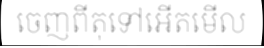
ចេញពីតុទៅអើតមើល